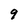
Character: 9